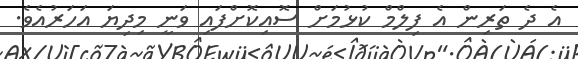
އެ ދެ ތަރިން އެ ފިލްމް ކުޅުމަށް ސޮއިކޮށްފައި ވަނީ މިދިޔަ އަހަރުއެވެ.